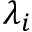
\lambda _ { i }